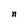
Character: n